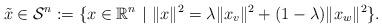
LaTeX: \begin{align*} \Tilde{x}\in\mathcal{S}^n:=\{x\in\mathbb{R}^n\ |\ \|x\|^2=\lambda \|x_v\|^2 + (1-\lambda)\|x_w\|^2 \}.\end{align*}